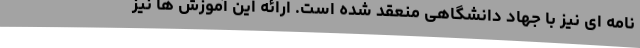
نامه ای نیز با جهاد دانشگاهی منعقد شده است. ارائه این آموزش ها نیز